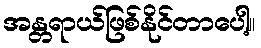
အန္တရာယ်ဖြစ်နိုင်တာပေါ့။